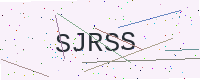
Text: SJRSS